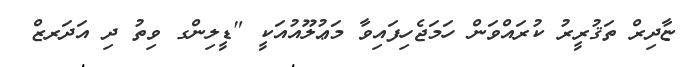
ޏާދިރް ތަޤުރީރު ކުރައްވަން ހަމަޖެހިފައިވާ މަޢުލޫއުއަކީ "ޑީލިންގ ވިތު ދި އަދަރޒް